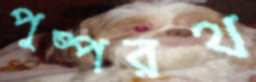
পুষ্পরথ